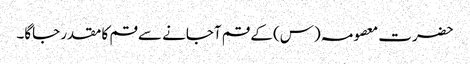
حضرت معصومہ (س) کے قم آجانے سے قم کا مقدر جاگا۔